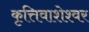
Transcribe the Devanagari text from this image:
कृत्तिवाशेश्वर